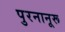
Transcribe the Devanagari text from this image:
पुरनानूरू